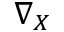
\nabla _ { X }